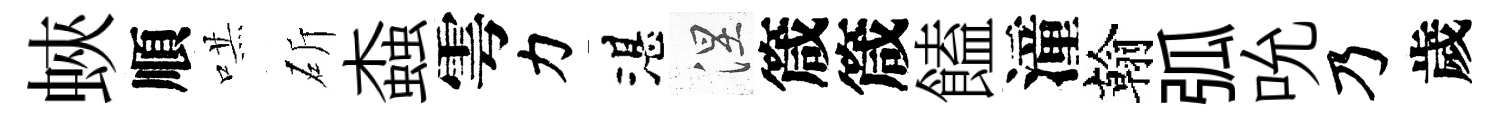
蛺順哄斫螙雩力湛涅箴箴饁潼翰弧吮乃歲